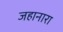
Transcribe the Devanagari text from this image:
जहानारा